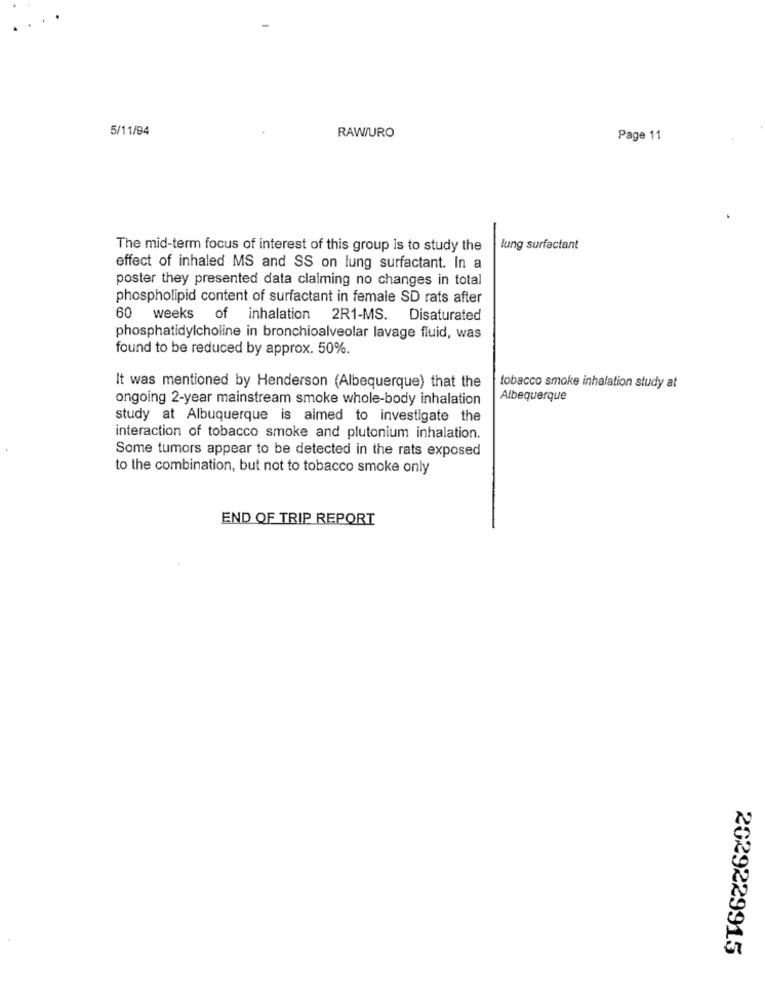
5/11/94
RAW/URO
Page 11
The mid-term focus of interest of this group is to study the
lung surfactant
effect of inhaled MS and SS on lung surfactant. In a
poster they presented data claiming no changes in total
phospholipid content of surfactant in female SD rats after
60 weeks of inhalation 2R1-MS. Disaturated
phosphatidylcholine in bronchioalveolar lavage fluid, was
found to be reduced by approx. 50%.
It was mentioned by Henderson (Albequerque) that the
tobacco smoke inhalation study at
ongoing 2-year mainstream smoke whole-body inhalation
Albequerque
study at Albuquerque is aimed to investigate the
interaction of tobacco smoke and plutonium inhalation.
Some tumors appear to be detected in the rats exposed
to the combination, but not to tobacco smoke only
END OF TRIP REPORT
2029229915